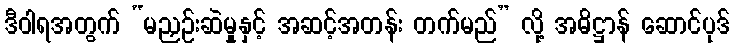
ဒီဝါရအတွက် “မညှဉ်းဆဲမှုနှင့် အဆင့်အတန်း တက်မည်” လို့ အဓိဋ္ဌာန် ဆောင်ပုဒ်